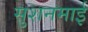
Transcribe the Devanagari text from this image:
सुशनमाई